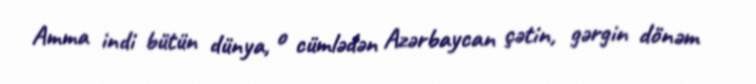
Amma indi bütün dünya, o cümlədən Azərbaycan çətin, gərgin dönəm